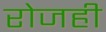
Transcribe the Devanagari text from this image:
रोजही